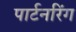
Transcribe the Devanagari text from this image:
पार्टनरिंग